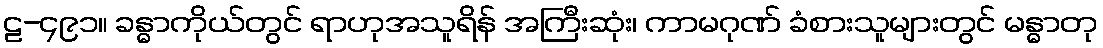
ဠ-၄၉၁။ ခန္ဓာကိုယ်တွင် ရာဟုအသူရိန် အကြီးဆုံး၊ ကာမဂုဏ် ခံစားသူများတွင် မန္ဓာတု